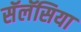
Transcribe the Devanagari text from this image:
सॅलॅसिया